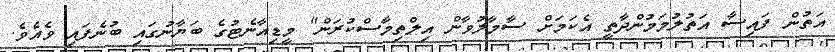
އަތުން ފައިސާ އަތުލުމަމުންދާތީ އެކަމަށް ސާމާލުވާން އިލްތިމާސްކުރަން" މީޑިއާނެޓުގެ ބަޔާނުގައި ބުނެފައި ވެއެވެ.